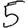
Digit: 5